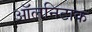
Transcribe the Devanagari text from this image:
ऑलनिटाक